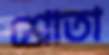
শ্রোতা